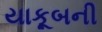
યાકૂબની